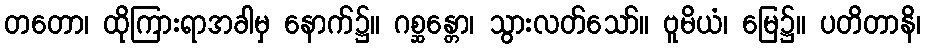
တတော၊ ထိုကြားရာအခါမှ နောက်၌။ ဂစ္ဆန္တော၊ သွားလတ်သော်။ ဗူမိယံ၊ မြေ၌။ ပတိတာနိ၊